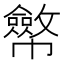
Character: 𢅸